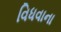
વિધવાના